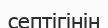
септігінін